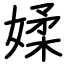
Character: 媃